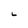
Character: L